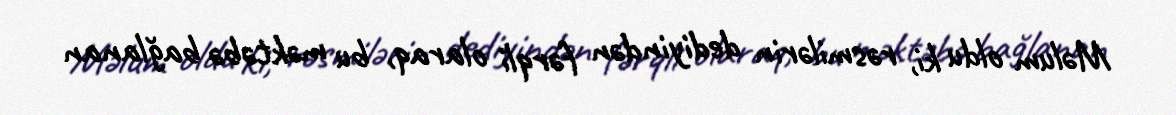
Məlum oldu ki, rəsmilərin dediyindən fərqli olaraq, bu məktəbə bağlanan